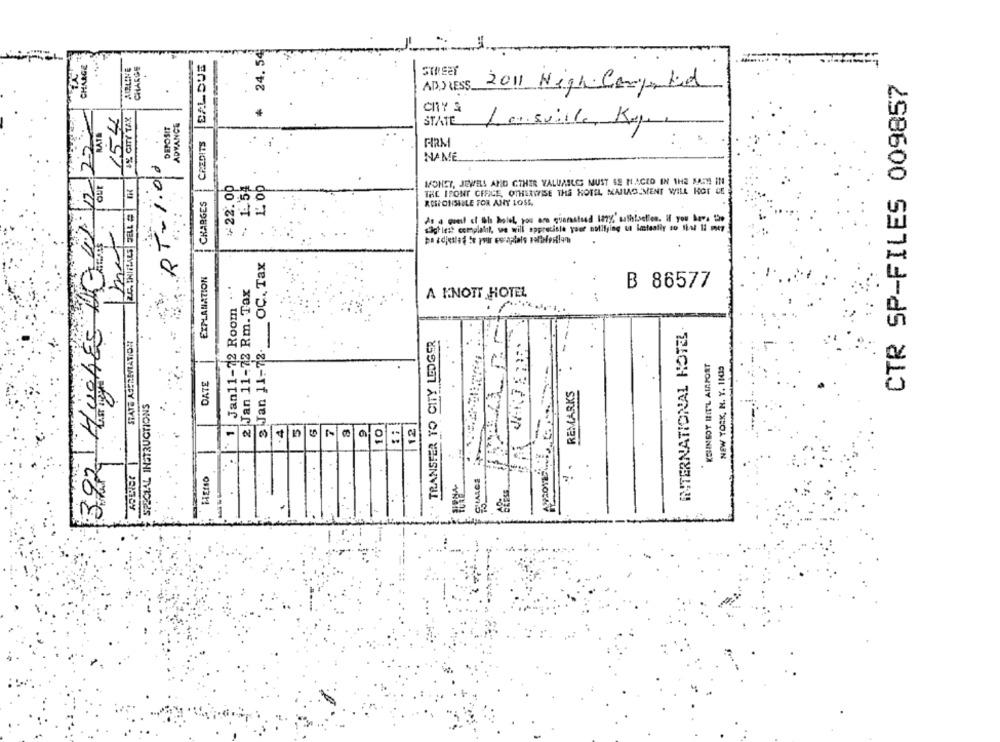
24.54
CHARGE
CHARGE
BALDUE
AIRLINE
STREET
CTR SP-FILES 009857
ADDRESS.
2011 Nigh Competed
154
4% CITY TAX
CRY &
DEPOSIT
ADVANCE
22
RATE
STATE
Leesville, Ky
CREDITS
FIRM
RT=1.00
NAME
our
¥22.00
MONEY, JEWELS AND CTHER VALUAELES MUST SE N.ACED IN THE MATH IN
THE ISONT CERICE, OTHERWISE THE HOTEL NAILO MENT WILL KOT CE
CHARGES
0.5 6
ROSIOHSULLE FOR ANY LOSS,
sighiest complaint, we will appreciate your nolllying ut imteally so that 1: Per
392 HUGHES DO
OC. Tax
EXPLANATION
1Jan11-72 Room ..
2 Jan 11-72 Rm. Tax
B 86577
A KNOTT HOTEL
Jan 11-72.
INTERNATIONAL HOTEL
STATS ASERAVIATION
TRANSFER TO CITY LEDGER
KEINSOY BIT'L AIRPORT
NEW YORK, N. Y. 1N15
DATE
REMARKS
SPECIAL INSTRUCTIONS
12